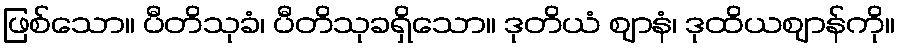
ဖြစ်သော။ ပီတိသုခံ၊ ပီတိသုခရှိသော။ ဒုတိယံ ဈာနံ၊ ဒုထိယဈာန်ကို။